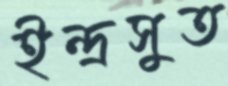
ইন্দ্রসুত